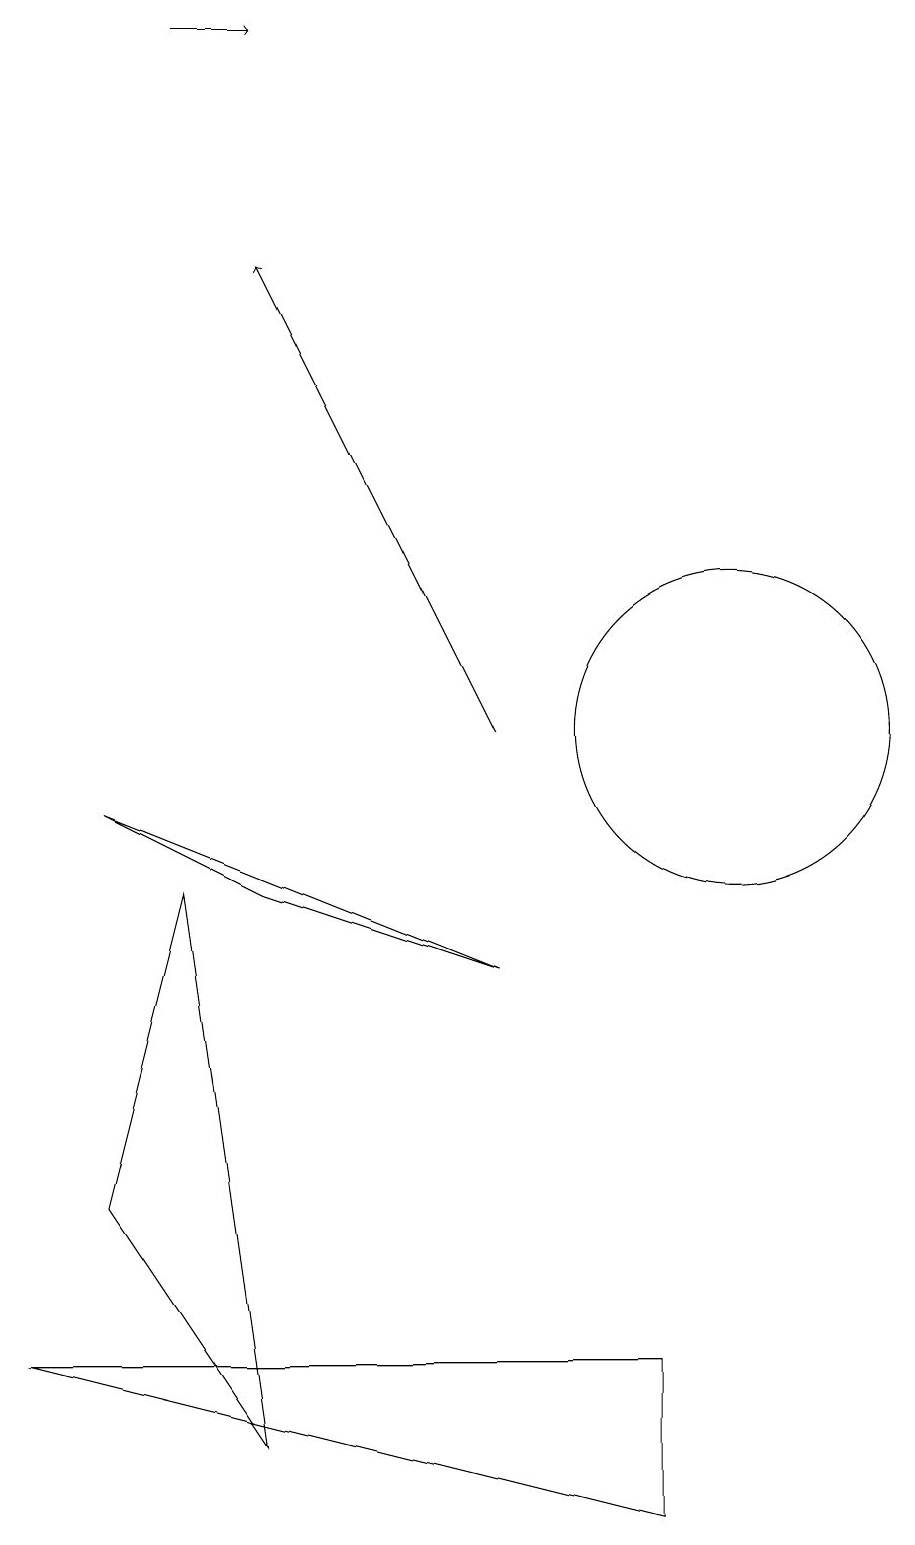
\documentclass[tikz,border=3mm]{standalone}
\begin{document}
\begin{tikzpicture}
\draw[->] (3,19) -- (4,19);
\draw (9,0) -- (9,2) -- (1,2) -- cycle;
\draw (2,9) -- (4,8) -- (7,7) -- cycle;
\draw[->] (7,10) -- (4,16);
\draw (10,10) circle (2);
\draw (2,4) -- (4,1) -- (3,8) -- cycle;
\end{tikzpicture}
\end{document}